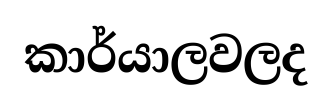
කාර්යාලවලද